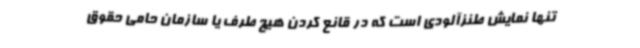
تنها نمایش طنزآلودی است که در قانع کردن هیچ طرف یا سازمان حامی حقوق